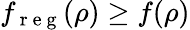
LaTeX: f_{\mathrm{~r~e~g~}}(\rho)\geq f(\rho)